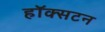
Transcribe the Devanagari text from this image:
हॉक्सटन